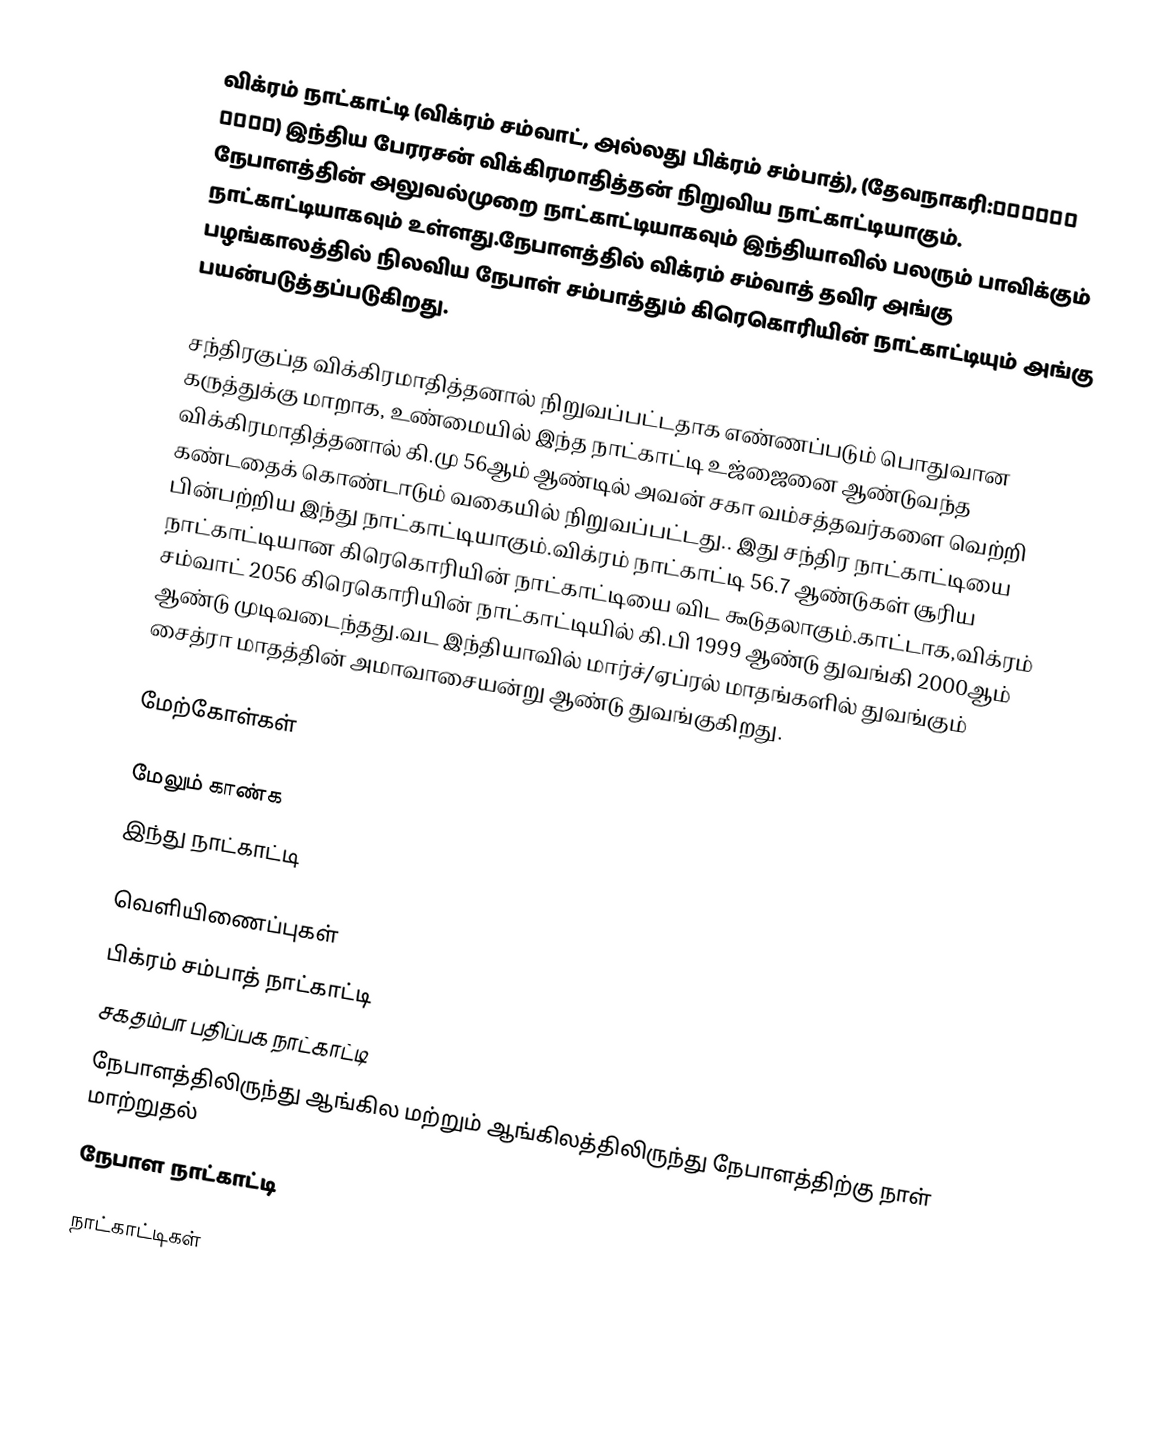
விக்ரம் நாட்காட்டி (விக்ரம் சம்வாட், அல்லது பிக்ரம் சம்பாத்), (தேவநாகரி:विक्रम संवत) இந்திய பேரரசன் விக்கிரமாதித்தன் நிறுவிய நாட்காட்டியாகும். நேபாளத்தின் அலுவல்முறை நாட்காட்டியாகவும் இந்தியாவில் பலரும் பாவிக்கும் நாட்காட்டியாகவும் உள்ளது.நேபாளத்தில் விக்ரம் சம்வாத் தவிர அங்கு பழங்காலத்தில் நிலவிய நேபாள் சம்பாத்தும் கிரெகொரியின் நாட்காட்டியும் அங்கு பயன்படுத்தப்படுகிறது.

சந்திரகுப்த விக்கிரமாதித்தனால் நிறுவப்பட்டதாக எண்ணப்படும் பொதுவான கருத்துக்கு மாறாக, உண்மையில் இந்த நாட்காட்டி உஜ்ஜைனை ஆண்டுவந்த விக்கிரமாதித்தனால் கி.மு 56ஆம் ஆண்டில் அவன் சகா வம்சத்தவர்களை வெற்றி கண்டதைக் கொண்டாடும் வகையில் நிறுவப்பட்டது.. இது சந்திர நாட்காட்டியை பின்பற்றிய இந்து நாட்காட்டியாகும்.விக்ரம் நாட்காட்டி 56.7 ஆண்டுகள் சூரிய நாட்காட்டியான கிரெகொரியின் நாட்காட்டியை விட கூடுதலாகும்.காட்டாக,விக்ரம் சம்வாட் 2056 கிரெகொரியின் நாட்காட்டியில் கி.பி 1999 ஆண்டு துவங்கி 2000ஆம் ஆண்டு முடிவடைந்தது.வட இந்தியாவில் மார்ச்/ஏப்ரல் மாதங்களில் துவங்கும் சைத்ரா மாதத்தின் அமாவாசையன்று ஆண்டு துவங்குகிறது.

மேற்கோள்கள்

மேலும் காண்க
 இந்து நாட்காட்டி

வெளியிணைப்புகள்
 பிக்ரம் சம்பாத் நாட்காட்டி
 சகதம்பா பதிப்பக நாட்காட்டி
 நேபாளத்திலிருந்து ஆங்கில மற்றும் ஆங்கிலத்திலிருந்து நேபாளத்திற்கு நாள் மாற்றுதல்
 நேபாள நாட்காட்டி

நாட்காட்டிகள்